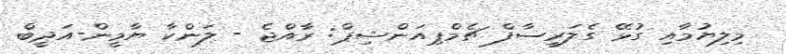
މިލިޔުމާއި ގުޅޭ ގެލަރީސާފް ޗެމްޕިއަންޝިޕް: ރާއްޖެ - ލަންކާ ޔާމީން-އަދީބް